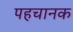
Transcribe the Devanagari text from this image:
पहचानक